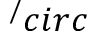
^ / c i r c